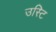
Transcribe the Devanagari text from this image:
उस्टि